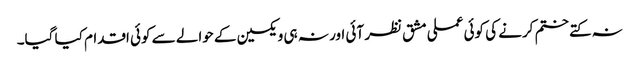
نہ کتے ختم کرنے کی کوئی عملی مشق نظر آئی اور نہ ہی ویکسین کے حوالے سے کوئی اقدام کیا گیا۔